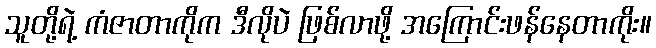
သူတို့ရဲ့ ကံဇာတာကိုက ဒီလိုပဲ ဖြစ်လာဖို့ အကြောင်းဖန်နေတာကိုး။